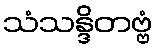
သံသန္ဒိတဗ္ဗံ